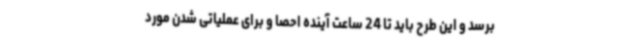
برسد و این طرح باید تا 24 ساعت آینده احصا و برای عملیاتی شدن مورد